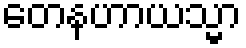
တေနဟာယသ္မာ